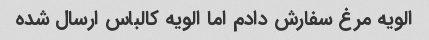
الویه مرغ سفارش دادم اما الویه کالباس ارسال شده